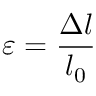
\varepsilon = { \frac { \Delta l } { l _ { 0 } } }